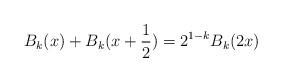
LaTeX: \begin{align*} B_{k}(x)+ B_{k}(x+\frac{1}{2})= 2^{1-k}B_{k}(2x)\end{align*}